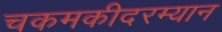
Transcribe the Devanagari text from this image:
चकमकीदरम्यान